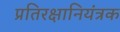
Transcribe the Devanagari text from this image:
प्रतिरक्षानियंत्रक